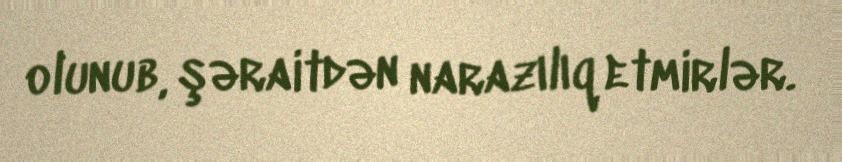
olunub, şəraitdən narazılıq etmirlər.